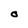
Character: O